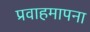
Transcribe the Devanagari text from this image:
प्रवाहमापना